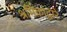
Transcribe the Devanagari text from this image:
श्रमिकांद्वारे